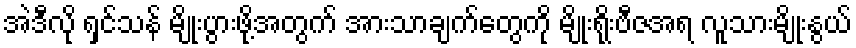
အဲဒီလို ရှင်သန် မျိုးပွားဖို့အတွက် အားသာချက်တွေကို မျိုးရိုးဗီဇအရ လူသားမျိုးနွယ်